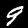
Digit: 9